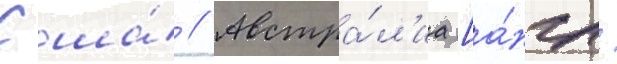
Сша́ // Австра́л'иа [а́нгл.